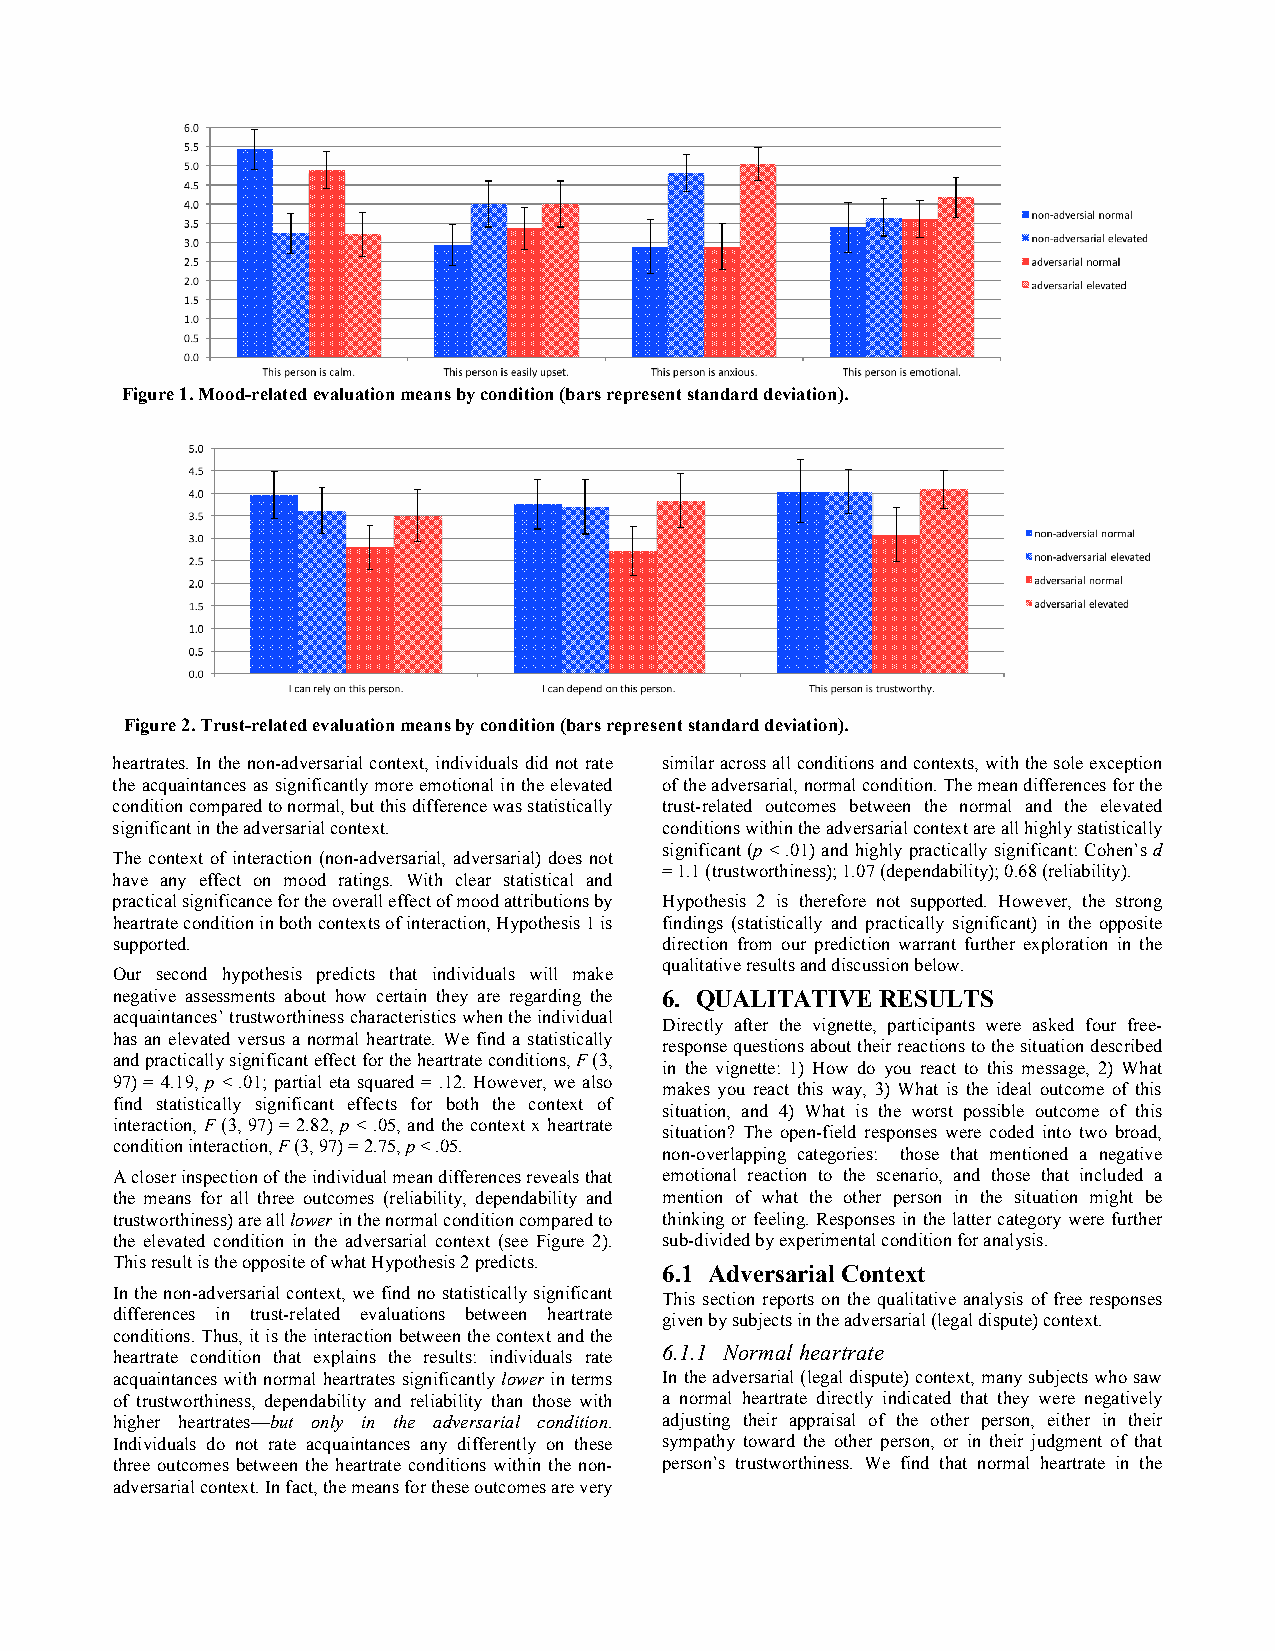
Figure 1. Mood-related evaluation means by condition (bars represent standard deviation).
 Figure 2. Trust-related evaluation means by condition (bars represent standard deviation).
 heartrates. In the non-adversarial context, individuals did not rate similar across all conditions and contexts, with the sole exception
 the acquaintances as significantly more emotional in the elevated of the adversarial, normal condition. The mean differences for the
 condition compared to normal, but this difference was statistically trust-related outcomes between the normal and the elevated
 significant in the adversarial context. conditions within the adversarial context are all highly statistically
 significant (p < .01) and highly practically significant: Cohen’s d
 The context of interaction (non-adversarial, adversarial) does not
 = 1.1 (trustworthiness); 1.07 (dependability); 0.68 (reliability).
 have any effect on mood ratings. With clear statistical and
 practical significance for the overall effect of mood attributions by Hypothesis 2 is therefore not supported. However, the strong
 heartrate condition in both contexts of interaction, Hypothesis 1 is findings (statistically and practically significant) in the opposite
 supported.                           direction from our prediction warrant further exploration in the
 qualitative results and discussion below.
 Our second hypothesis predicts that individuals will make
 negative assessments about how certain they are regarding the 6. QUALITATIVE RESULTS
 acquaintances’ trustworthiness characteristics when the individual
 Directly after the vignette, participants were asked four free-
 has an elevated versus a normal heartrate. We find a statistically
 response questions about their reactions to the situation described
 and practically significant effect for the heartrate conditions, F (3,
 in the vignette: 1) How do you react to this message, 2) What
 97) = 4.19, p < .01; partial eta squared = .12. However, we also
 makes you react this way, 3) What is the ideal outcome of this
 find statistically significant effects for both the context of
 situation, and 4) What is the worst possible outcome of this
 interaction, F (3, 97) = 2.82, p < .05, and the context x heartrate
 situation? The open-field responses were coded into two broad,
 condition interaction, F (3, 97) = 2.75, p < .05.
 non-overlapping categories: those that mentioned a negative
 A closer inspection of the individual mean differences reveals that emotional reaction to the scenario, and those that included a
 the means for all three outcomes (reliability, dependability and mention of what the other person in the situation might be
 trustworthiness) are all lower in the normal condition compared to thinking or feeling. Responses in the latter category were further
 the elevated condition in the adversarial context (see Figure 2). sub-divided by experimental condition for analysis.
 This result is the opposite of what Hypothesis 2 predicts.
 6.1 Adversarial Context
 In the non-adversarial context, we find no statistically significant This section reports on the qualitative analysis of free responses
 differences in trust-related evaluations between heartrate given by subjects in the adversarial (legal dispute) context.
 conditions. Thus, it is the interaction between the context and the
 6.1.1 Normal heartrate
 heartrate condition that explains the results: individuals rate
 acquaintances with normal heartrates significantly lower in terms In the adversarial (legal dispute) context, many subjects who saw
 of trustworthiness, dependability and reliability than those with a normal heartrate directly indicated that they were negatively
 higher heartrates—but only in the adversarial condition. adjusting their appraisal of the other person, either in their
 Individuals do not rate acquaintances any differently on these sympathy toward the other person, or in their judgment of that
 three outcomes between the heartrate conditions within the non- person’s trustworthiness. We find that normal heartrate in the
 adversarial context. In fact, the means for these outcomes are very